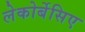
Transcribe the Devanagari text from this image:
लेकोर्बेसिए